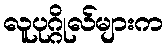
လူပုဂ္ဂိုလ်များက